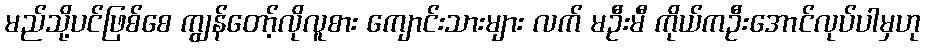
မည်သို့ပင်ဖြစ်စေ ကျွန်တော့်လိုလူစား ကျောင်းသားများ လက် မဦးမီ ကိုယ်ကဦးအောင်လုပ်ပါမှဟု